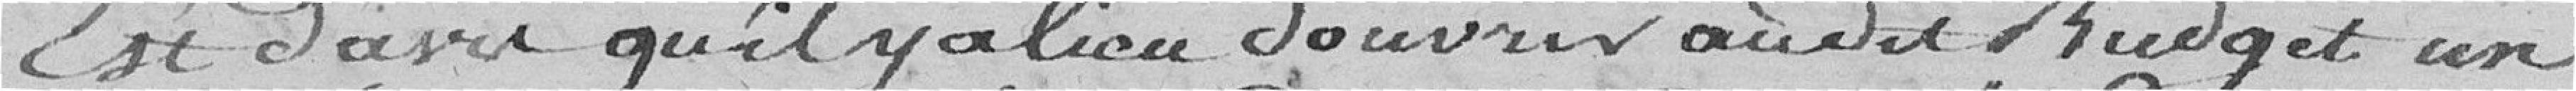
Est d'avis qu'il y a lieu d'ouvrir au dit budget un